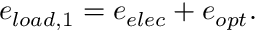
e _ { l o a d , 1 } = e _ { e l e c } + e _ { o p t } .